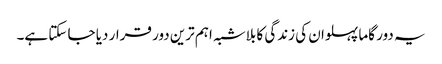
یہ دور گاما پہلوان کی زندگی کا بلاشبہ اہم ترین دور قرار دیا جا سکتا ہے۔